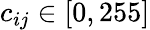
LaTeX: c_{ij}\in\left[0,255\right]